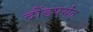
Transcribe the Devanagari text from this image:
दौंडपर्यंत